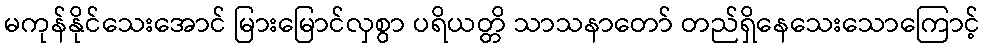
မကုန်နိုင်သေးအောင် မြားမြောင်လှစွာ ပရိယတ္တိ သာသနာတော် တည်ရှိနေသေးသောကြောင့်